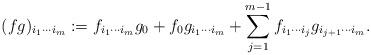
LaTeX: \begin{align*}(fg)_{i_1\dotsm i_m}:= f_{i_1\dotsm i_m}g_0 + f_0g_{i_1\dotsm i_m}+\sum_{j=1}^{m-1} f_{i_1 \dotsm i_j} g_{i_{j+1} \dotsm i_m}.\end{align*}